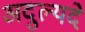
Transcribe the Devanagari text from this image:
अदुल्यदे